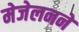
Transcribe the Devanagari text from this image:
मेजेलनने